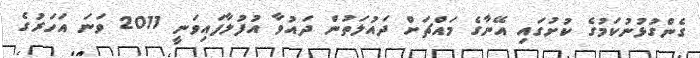
ގެންގުޅުނުކަމުގެ ކުށުގައި އޭނާގެ މައްޗަށް ދައުލަތުން ދައުވާ އުފުލާފައިވަނީ 2011 ވަނަ އަހަރުުގެ